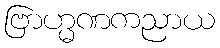
ဗြာဟ္မဏကညာယ